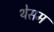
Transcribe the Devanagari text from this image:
थेसम